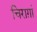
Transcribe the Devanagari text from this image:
चिराग़ां